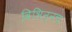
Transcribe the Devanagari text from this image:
विभिन्नच